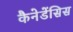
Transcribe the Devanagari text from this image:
कैनेडेंसिस